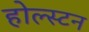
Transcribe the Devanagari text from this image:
होल्स्टन